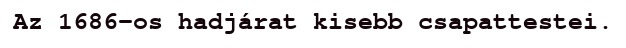
Az 1686-os hadjárat kisebb csapattestei.